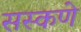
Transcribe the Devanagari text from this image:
सस्कणे